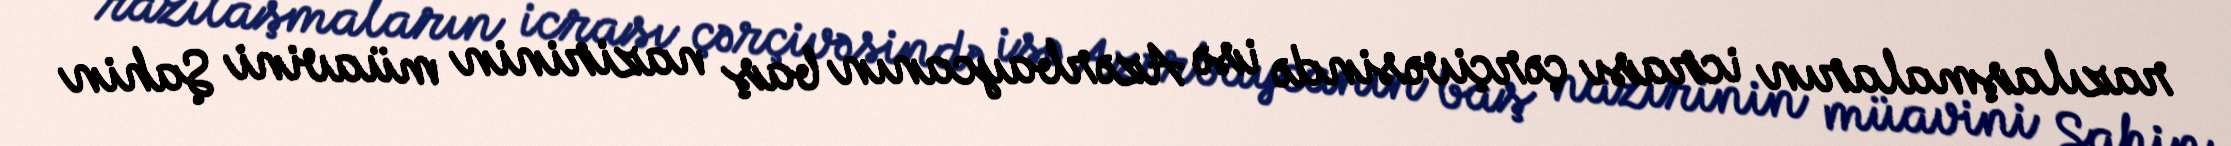
razılaşmaların icrası çərçivəsində isə Azərbaycanın baş nazirinin müavini Şahin